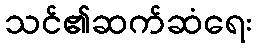
သင်၏ဆက်ဆံရေး